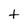
Character: t